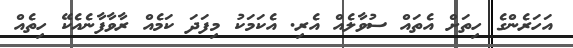
އަހަރެންގެ ހިތަށް އެތައް ސުވާލެއް އެރި. އެކަމަކު މިފަދަ ކަމެއް ރާވާފާނެއެކޭ ހިތެއް